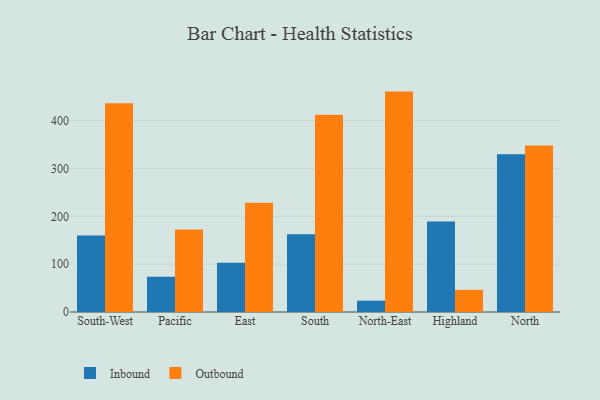
{"axis": {"x": "Region", "y": "Customer Acquisition Cost (USD)"}, "legend": ["Inbound", "Outbound"], "data": [{"x": "South-West", "y": 160.1, "type": "Inbound"}, {"x": "South-West", "y": 436.2, "type": "Outbound"}, {"x": "Pacific", "y": 73.7, "type": "Inbound"}, {"x": "Pacific", "y": 172.4, "type": "Outbound"}, {"x": "East", "y": 102.7, "type": "Inbound"}, {"x": "East", "y": 228.6, "type": "Outbound"}, {"x": "South", "y": 162.6, "type": "Inbound"}, {"x": "South", "y": 412.2, "type": "Outbound"}, {"x": "North-East", "y": 23.7, "type": "Inbound"}, {"x": "North-East", "y": 460.7, "type": "Outbound"}, {"x": "Highland", "y": 189.1, "type": "Inbound"}, {"x": "Highland", "y": 46.3, "type": "Outbound"}, {"x": "North", "y": 329.9, "type": "Inbound"}, {"x": "North", "y": 348.2, "type": "Outbound"}]}